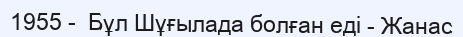
1955 -  Бұл Шұғылада болған еді - Жанас